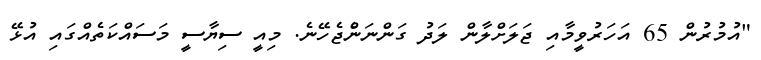
"އުމުރުން 65 އަހަރުވީމާއި ޖަލަށްލާން ލަދު ގަންނަންެޖެހޭނެ. މިއީ ސިޔާސީ މަސައްކަތެއްގައި އުޅޭ